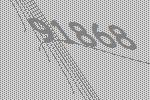
91868